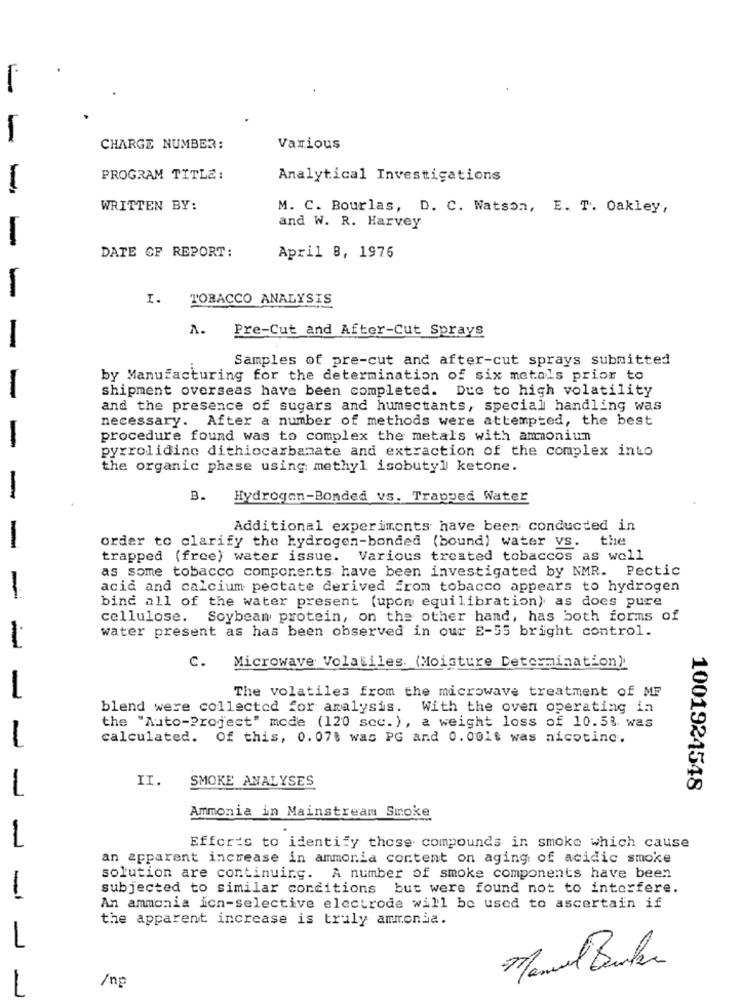
CHARGE NUMBER:
Various
PROGRAM TITLE:
Analytical Investigations
-
WRITTEN BY:
M. C. Bourlas, D. C. Watson, E. T. Oakley,
and W. R. Harvey
-
DATE CF REPORT:
April 8, 1976
-
I. TOBACCO ANALYSIS
A.
Pre-Cut and After-Cut Sprays
-
Samples of pre-cut and after-cut sprays submitted
by Manufacturing for the determination of six metals prior to
shipment overseas have been completed. Due to high volatility
-
and the presence of sugars and humectants, special handling was
necessary. After a number of methods were attempted, the best
procedure found was to complex the metals with ammonium
-
pyrrolidine dithiocarbamate and extraction of the complex into
-
the organic phase using methyl isobutyl ketone.
B. Hydrogen-Bonded vs. Trapped Water
Additional experiments have been conducted in
-
order to clarify the hydrogen-bonded (bound) water vs. the
trapped (free) water issue. Various treated tobaccos as well
as some tobacco components have been investigated by NMR. Pectic
acid and calcium pectate derived From tobacco appears to hydrogen
-
bind all of the water present (upon equilibration) as does pure
cellulose. Soybean protein, on the other hand, has both forms of
water present as has been observed in our E-55 bright control.
1
c.
Microwave Volatiles. (Moisture Determination).
1
The volatiles from the microwave treatment of ME
blend were collected for analysis. With the oven operating in
the "Auto-Project" mode (120 scc. ), a weight loss of 10.53. was
1
calculated. Of this, 0. 078 was PG and 0.0016 was nicotinc.
II.
SMOKE ANALYSES
L
1001924548
Ammonia in Mainstream Smoke
1
Efforts to identify those compounds in smoke which cause
an apparent increase in ammonia content on aging of acidic smoke
solution are continuing. A number of smoke components have been
1
subjected to similar conditions but were found not to interfere.
An ammonia ich-selective electrode will be used to ascertain if
the apparent increase is truly ammonia.
1
Manuel Burken
-
/np